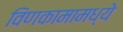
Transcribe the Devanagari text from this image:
विणकामामध्ये